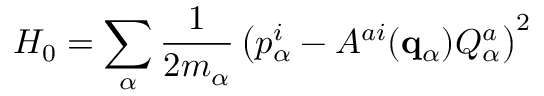
H _ { 0 } = \sum _ { \alpha } { \frac { 1 } { 2 m _ { \alpha } } } \left( p _ { \alpha } ^ { i } - A ^ { a i } ( { \bf q } _ { \alpha } ) Q _ { \alpha } ^ { a } \right) ^ { 2 }